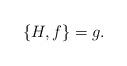
LaTeX: \begin{align*}\{ H , f \} = g.\end{align*}